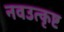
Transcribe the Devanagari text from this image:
नवउत्कृष्ट